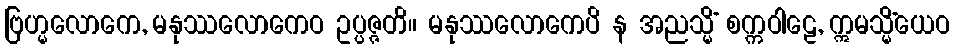
ဗြဟ္မလောကေ, မနုဿလောကေဝ ဥပ္ပဇ္ဇတိ။ မနုဿလောကေပိ န အညသ္မိံ စက္ကဝါဠေ, ဣမသ္မိံယေဝ